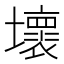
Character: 壞